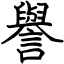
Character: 譽